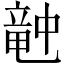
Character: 𥪝